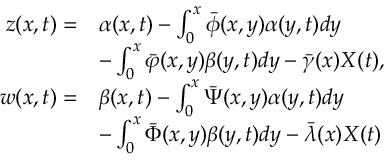
\begin{array} { r l } { z ( x , t ) = } & { \alpha ( x , t ) - \int _ { 0 } ^ { x } { \bar { \phi } } ( x , y ) \alpha ( y , t ) d y } \\ & { - \int _ { 0 } ^ { x } { \bar { \varphi } } ( x , y ) \beta ( y , t ) d y - \bar { \gamma } ( x ) { X } ( t ) , } \\ { w ( x , t ) = } & { \beta ( x , t ) - \int _ { 0 } ^ { x } { \bar { \Psi } } ( x , y ) \alpha ( y , t ) d y } \\ & { - \int _ { 0 } ^ { x } { \bar { \Phi } } ( x , y ) \beta ( y , t ) d y - \bar { \lambda } ( x ) { X } ( t ) } \end{array}